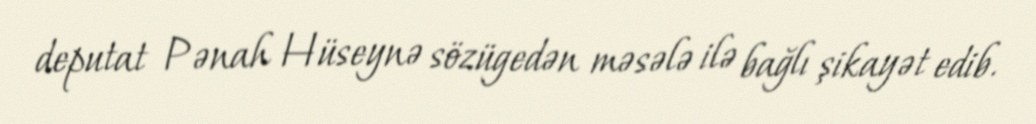
deputat Pənah Hüseynə sözügedən məsələ ilə bağlı şikayət edib.